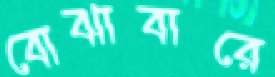
বোঝাবারে